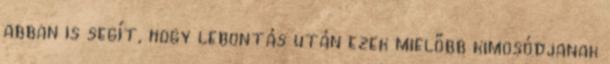
abban is segít, hogy lebontás után ezek mielőbb kimosódjanak